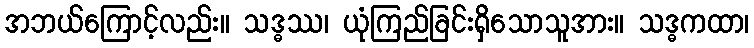
အဘယ်ကြောင့်လည်း။ သဒ္ဓဿ၊ ယုံကြည်ခြင်းရှိသောသူအား။ သဒ္ဓကထာ၊